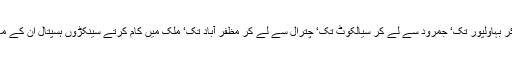
میران شاہ سے لے کر بہاولپور تک‘ جمرود سے لے کر سیالکوٹ تک‘ چترال سے لے کر مظفر آباد تک‘ ملک میں کام کرتے سینکڑوں ہسپتال ان کے معیار سے نیچے ہیں۔